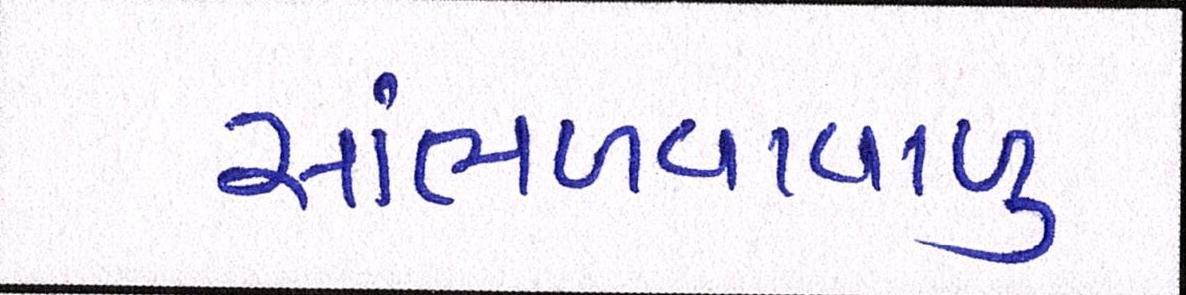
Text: સાંભળવાવાળુ